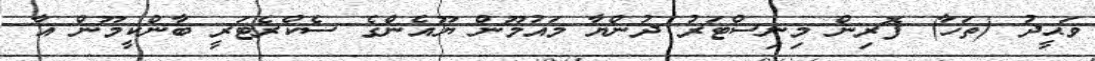
ވަޙީދު (ތަހާ) ފޮރިން މިނިސްޓަރު ދުންޔާ މައުމޫން ޔޫއެންގެ ސެކްރެޓަރީ ބާންކީމޫން އާ